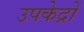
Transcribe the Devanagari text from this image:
उपकेद्रों